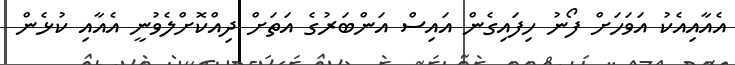
އެއާއިއެކު އަވަހަށް ފޯނު ހިފައިގެން އައިސް އަންބަރުގެ އަތަށް ދިއްކޮށްލެވުނީ އެއާއި ކުޅެން